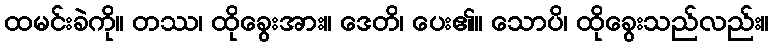
ထမင်းခဲကို။ တဿ၊ ထိုခွေးအား။ ဒေတိ၊ ပေး၏။ သောပိ၊ ထိုခွေးသည်လည်း။